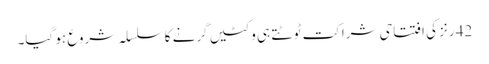
42 رنز کی افتتاحی شراکت ٹوٹتے ہی وکٹیں گرنے کا سلسلہ شروع ہو گیا۔